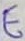
Text: E